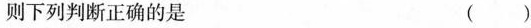
则下列判断正确的是 ( )